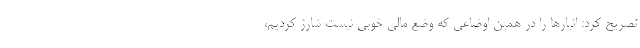
تصریح کرد: انبارها را در همین اوضاعی که وضع مالی خوبی نیست شارژ کردیم،